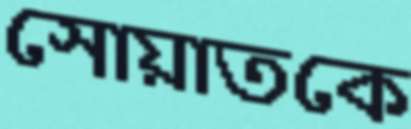
সোয়াতকে